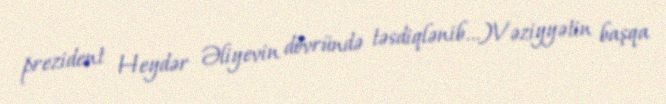
prezident Heydər Əliyevin dövründə təsdiqlənib...)Vəziyyətin başqa